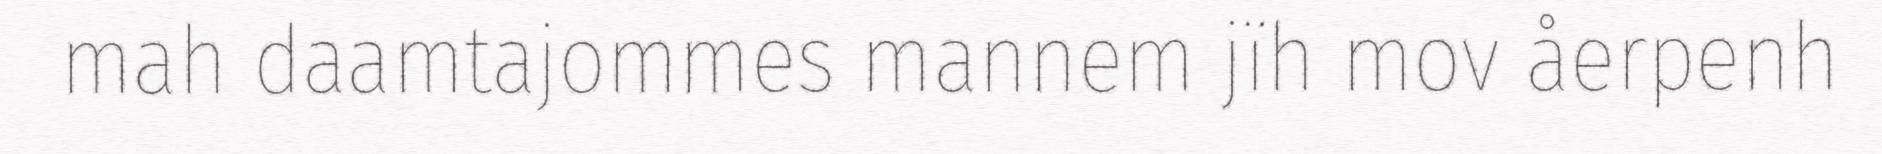
mah daamtajommes mannem jïh mov åerpenh